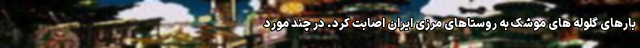
بارهای گلوله های موشک به روستاهای مرزی ایران اصابت کرد. در چند مورد